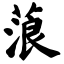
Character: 蒗